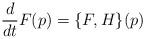
LaTeX: \begin{align*}\frac{d}{dt} F(p) = \{F,H\}(p)\end{align*}